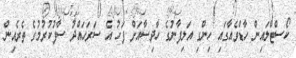
ކޯސްޓްލައިން ހާޑްވެއާގައި ހިންގި އަލިފާނުގެ ހާދިސާއަށް ފަހު އެ ސަރަހައްދު ސާފުކުރުމުގެ ތެރެއިން